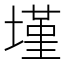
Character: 墐